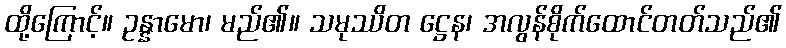
ထို့ကြောင့်။ ဥန္နာမော၊ မည်၏။ သမုဿိတ ဋ္ဌေန၊ အလွန်စိုက်ထောင်တတ်သည်၏